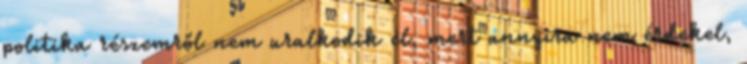
politika részemről nem uralkodik el, mert annyira nem érdekel,